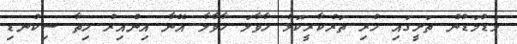
މަޑުމަޑުން ތަށީގައި ހުރި ތަރުކާރީކޮޅު ހާވާލަ ހާވާލާ އޭނާ އިންއިރު ހިތާ ސިކުނޑި